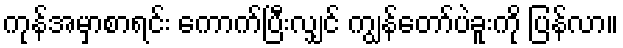
ကုန်အမှာစာရင်း ကောက်ပြီးလျှင် ကျွန်တော်ပဲခူးကို ပြန်လာ။